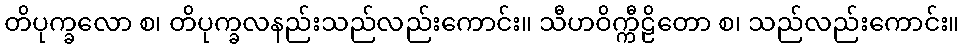
တိပုက္ခလော စ၊ တိပုက္ခလနည်းသည်လည်းကောင်း။ သီဟဝိက္ကီဠိတော စ၊ သည်လည်းကောင်း။